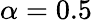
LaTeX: \alpha=0.5